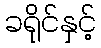
ခရိုင်နှင့်